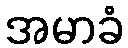
အမာခံ